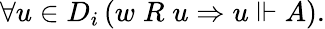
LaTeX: \forall u\in D_{i}\, (w\; R\; u\Rightarrow u\Vdash A).